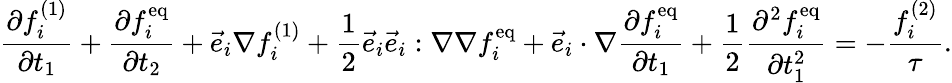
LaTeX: {\frac{\partial f_{i}^{(1)}}{\partial t_{1}}}+{\frac{\partial f_{i}^{\mathrm{eq}}}{\partial t_{2}}}+{\vec{e}}_{i}\nabla f_{i}^{(1)}+{\frac{1}{2}}{\vec{e}}_{i}{\vec{e}}_{i}:\nabla\nabla f_{i}^{\mathrm{eq}}+{\vec{e}}_{i}\cdot\nabla{\frac{\partial f_{i}^{\mathrm{eq}}}{\partial t_{1}}}+{\frac{1}{2}}{\frac{\partial^{2}f_{i}^{\mathrm{eq}}}{\partial t_{1}^{2}}}=-{\frac{f_{i}^{(2)}}{\tau}}.